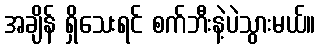
အချိန် ရှိသေးရင် စက်ဘီးနဲ့ပဲသွားမယ်။